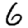
Digit: 6